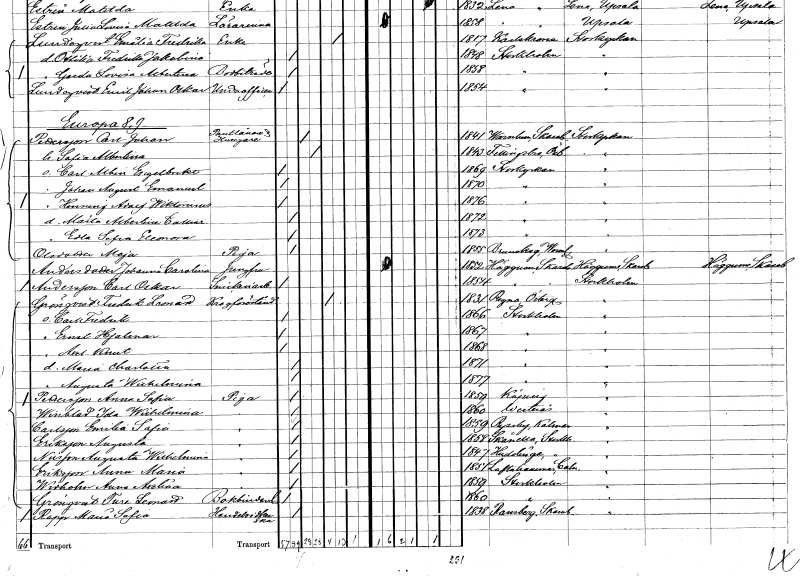
gt_parse: households: individuals: FN: Carl Johan
EN: Pettersson
YRKE: Pantlånare Husägare
KON: M
CIV: G
FODAR: 1841
FODFORS: Varnhem Skaraborgs län
FN: Sofia Albertina
KON: K
CIV: G
FODAR: 1843
FODFORS: Fellingsbro Örebro län
FN: Carl Albin Engelbrekt
KON: M
CIV: O
FODAR: 1869
FODFORS: Storkyrkoförsamlingen Stockholms stad
FN: Johan August Emanuel
KON: M
CIV: O
FODAR: 1870
FODFORS: Storkyrkoförsamlingen Stockholms stad
FN: Henning Adolf Wiktorinus
KON: M
CIV: O
FODAR: 1876
FODFORS: Storkyrkoförsamlingen Stockholms stad
FN: Märta Albertina Calliar
KON: K
CIV: O
FODAR: 1872
FODFORS: Storkyrkoförsamlingen Stockholms stad
FN: Edla Sofia Eleonora
KON: K
CIV: O
FODAR: 1873
FODFORS: Storkyrkoförsamlingen Stockholms stad
FN: Maja
EN: Olsdotter
YRKE: Piga
KON: K
CIV: O
FODAR: 1855
FODFORS: Brunskog Värmlands län
FN: Johanna Carolina
EN: Andersdotter
YRKE: Jungfru
KON: K
CIV: O
FODAR: 1852
FODFORS: Häggum Skaraborgs län
FN: Carl Oskar
EN: Andersson
YRKE: Snickeriarbetare
KON: M
CIV: O
FODAR: 1854
FODFORS: Häggum Skaraborgs län
FN: Fredrik Leonard
EN: Grönqvist
YRKE: Krogföreståndare
KON: M
CIV: E
FODAR: 1831
FODFORS: Regna Östergötlands län
FN: Carl Fredrik
KON: M
CIV: O
FODAR: 1866
FODFORS: Stockholm
FN: Ernst Hjalmar
KON: M
CIV: O
FODAR: 1867
FODFORS: Stockholm
FN: Axel Knut
KON: M
CIV: O
FODAR: 1868
FODFORS: Stockholm
FN: Maria Charlotta
KON: K
CIV: O
FODAR: 1871
FODFORS: Stockholm
FN: Augusta Wilhelmina
KON: K
CIV: O
FODAR: 1877
FODFORS: Stockholm
FN: Anna Sofia
EN: Pettersson
YRKE: Piga
KON: K
CIV: O
FODAR: 1859
FODFORS: Köping Västmanlands län
FN: Ida Wilhelmina
EN: Winblad
YRKE: Piga
KON: K
CIV: O
FODAR: 1860
FODFORS: Västerås Västmanlands län
FN: Emilia Sofia
EN: Carlsson
YRKE: Piga
KON: K
CIV: O
FODAR: 1859
FODFORS: Ryssby Kalmar län
FN: Augusta
EN: Eriksson
YRKE: Piga
KON: K
CIV: O
FODAR: 1858
FODFORS: Skånela Stockholms län
FN: Augusta Wilhelmina
EN: Nilsson
YRKE: Piga
KON: K
CIV: O
FODAR: 1847
FODFORS: Huddinge Stockholms län
FN: Anna Maria
EN: Eriksson
YRKE: Piga
KON: K
CIV: O
FODAR: 1851
FODFORS: Loftahammar Kalmar län
FN: Anna Axelina
EN: Wedholm
YRKE: Piga
KON: K
CIV: O
FODAR: 1859
FODFORS: Stockholm
FN: Ture Leonard
EN: Grönqvist
YRKE: Bokbindarelärling
KON: M
CIV: O
FODAR: 1860
FODFORS: Stockholm
FN: Maria Sofia
EN: Rapp
YRKE: Handelsidkerska
KON: K
CIV: O
FODAR: 1838
FODFORS: Ransberg Skaraborgs län